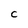
Character: C